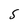
Character: S